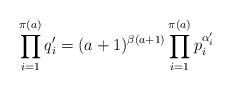
LaTeX: \begin{align*} \prod_{i = 1}^{\pi(a)} q_i' = (a + 1)^{\beta(a + 1)}\prod_{i = 1}^{\pi(a)}p_i^{\alpha_i'} \end{align*}